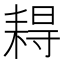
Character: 䎪